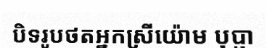
បិទរូបថតអ្នកស្រីយ៉ោម បុប្ផា